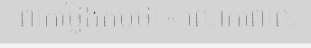
ពាកថ្លែងតបថា « លោកពោល